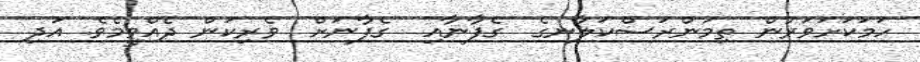
ހަމަކަށަވަރުން ތިމަންރަސްކަލާނގެ  ގެފާނާއި  ގެފާނަށް  ވެރިކަން ދެއްވީމެވެ. އަދި